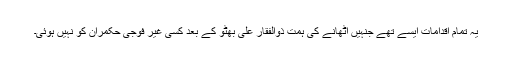
یہ تمام اقدامات ایسے تھے جنہیں اٹھانے کی ہمت ذوالفقار علی بھٹو کے بعد کسی غیر فوجی حکمران کو نہیں ہوئی۔